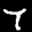
Label: 7